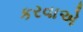
કરવાએ